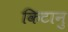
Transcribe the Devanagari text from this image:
किटानु